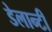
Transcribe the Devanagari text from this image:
डेलान्टी